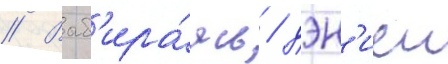
// Выб'ира́ясь / дэн'иел